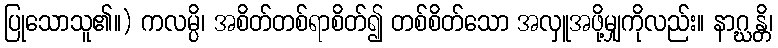
ပြုသောသူ၏။) ကလမ္ပိ၊ အစိတ်တစ်ရာစိတ်၍ တစ်စိတ်သော အလှူအဖို့မျှကိုလည်း။ နာဂ္ဃန္တိ၊